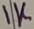
Text: 1K